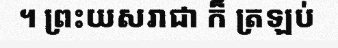
។ ព្រះយសរាជា ក៏ ត្រឡប់